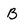
Character: B